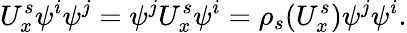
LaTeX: U_{x}^{s}\psi^{i}\psi^{j}=\psi^{j}U_{x}^{s}\psi^{i}=\rho_{s}(U_{x}^{s})\psi^{j}\psi^{i}.